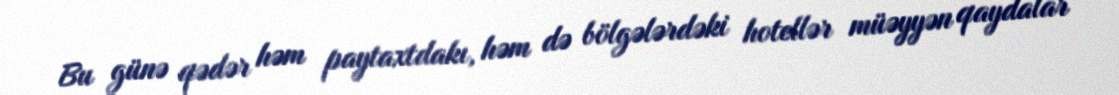
Bu günə qədər həm paytaxtdakı, həm də bölgələrdəki hotellər müəyyən qaydalar